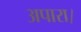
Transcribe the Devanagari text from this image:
अपारा।